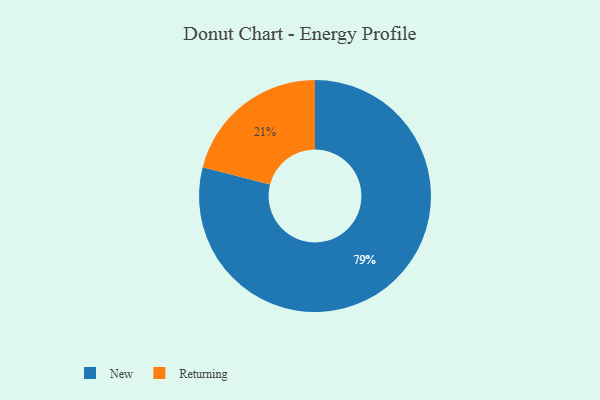
{"axis": {"x": "Category", "y": "Percentage"}, "legend": ["New", "Returning"], "data": [{"x": "New", "y": 79, "type": "New"}, {"x": "Returning", "y": 21, "type": "Returning"}]}